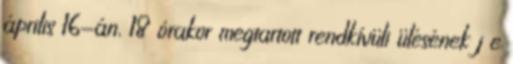
április 16-án, 18 órakor megtartott rendkívüli ülésének j e